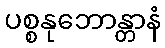
ပစ္စနုဘောန္တာနံ